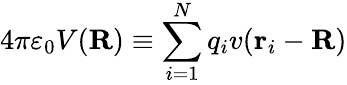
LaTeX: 4\pi\varepsilon_{0}V(\mathbf{R})\equiv\sum_{i=1}^{N}q_{i}v(\mathbf{r}_{i}-\mathbf{R})